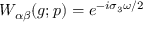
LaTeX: W _ { \alpha \beta } ( g ; p ) = e ^ { - i \sigma _ { 3 } \omega / 2 }